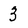
Character: 3